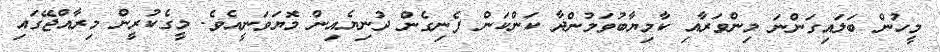
މީހުން ބަލައިގަންނަ މިންވަރާއި ކާމިޔާބުވަމުންދާ ކަންކަން ފެނިގެން ދުނިޔެއިން މޮޔަވަނީއެވެ. މީގެކުރީން މިރާއްޖޭގައި